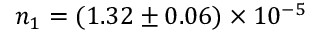
n _ { 1 } = ( 1 . 3 2 \pm 0 . 0 6 ) \times 1 0 ^ { - 5 }